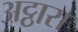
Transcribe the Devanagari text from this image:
अट्ठारा